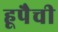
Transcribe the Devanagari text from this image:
हूपैची